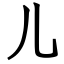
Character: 儿